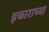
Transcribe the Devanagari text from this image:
इकाराच्या